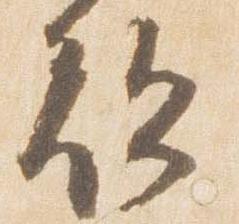
敵